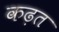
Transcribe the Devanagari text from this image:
कढ़त